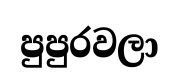
පුපුරවලා